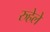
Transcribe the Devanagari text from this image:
रुहेले